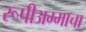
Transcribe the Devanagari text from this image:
रूपीअम्माचा